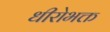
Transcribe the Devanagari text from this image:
धीरोभक्त